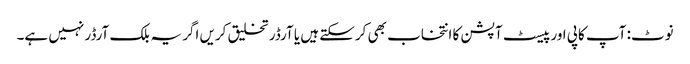
نوٹ: آپ کاپی اور پیسٹ آپشن کا انتخاب بھی کرسکتے ہیں یا آرڈر تخلیق کریں اگر یہ بلک آرڈر نہیں ہے۔